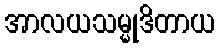
အာလယသမ္မုဒိတာယ